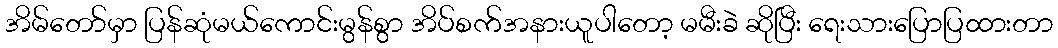
အိမ်တော်မှာ ပြန်ဆုံမယ်ကောင်းမွန်စွာ အိပ်စက်အနားယူပါတော့ မမီးခဲ ဆိုပြီး ရေးသားပြောပြထားတာ